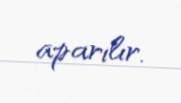
aparılır.